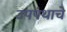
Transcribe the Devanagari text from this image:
उपपंथाचे